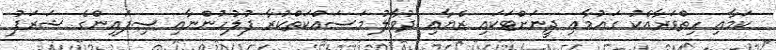
ކަމާއި ހިތްވަރާއެކު ގައުމާއި ދީނަށްޓަކައި ރެޔާއި ދުވާލު މަސައްކަތްކުރާ ފުލުހުންނާއި ސިފައިންގެ ޝަރަފު